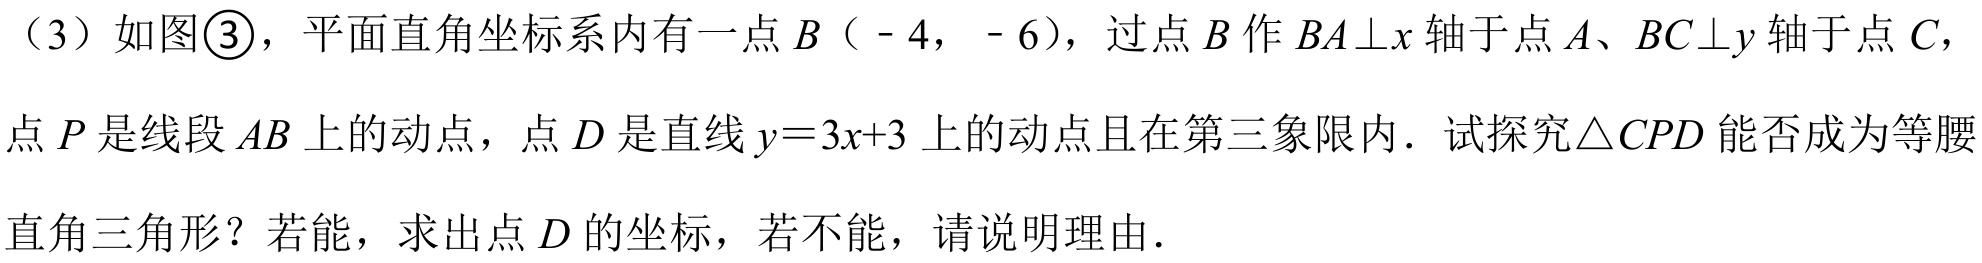
（3）如图\textcircled{3}，平面直角坐标系内有一点\(B（ - 4, - 6）\)，过点\(B\)作\(BA\perp x\)轴于点\(A\)、\(BC\perp y\)轴于点\(C\)，点\(P\)是线段\(AB\)上的动点，点\(D\)是直线\(y = 3x + 3\)上的动点且在第三象限内．试探究\(\triangle CPD\)能否成为等腰直角三角形？若能，求出点\(D\)的坐标，若不能，请说明理由．